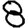
Digit: 8